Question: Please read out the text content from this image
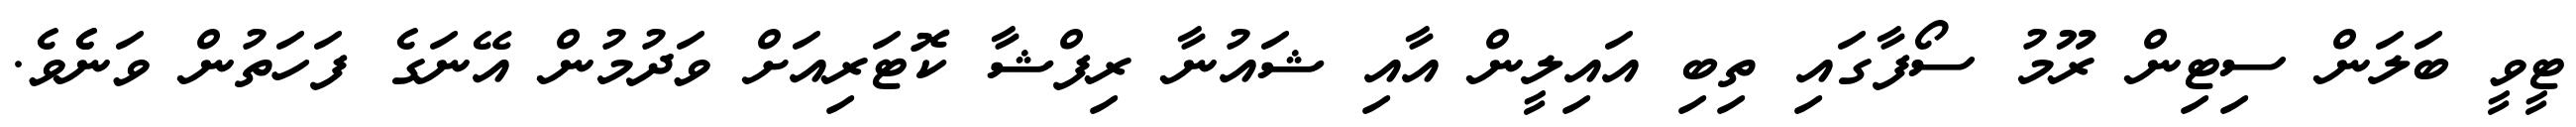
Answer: ޓީވީ ބަލަން ސިޓިން ރޫމު ސޯފާގައި ތިބި އައިލީން އާއި ޝައުނާ ރިފްޝާ ކޮޓަރިއަށް ވަދުމުން އޭނަގެ ފަހަތުން ވަނެެވެ.